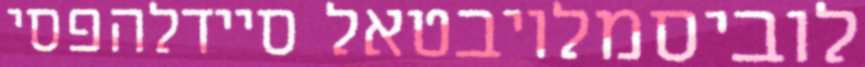
לוביסמלויבטאל סיידלהפסי